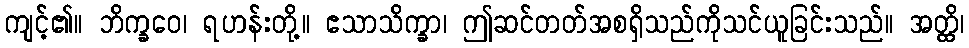
ကျင့်၏။ ဘိက္ခဝေ၊ ရဟန်းတို့။ ဧသာသိက္ခာ၊ ဤဆင်တတ်အစရှိသည်ကိုသင်ယူခြင်းသည်။ အတ္ထိ၊